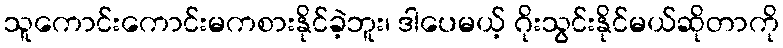
သူကောင်းကောင်းမကစားနိုင်ခဲ့ဘူး၊ ဒါပေမယ့် ဂိုးသွင်းနိုင်မယ်ဆိုတာကို